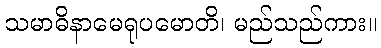
သမာဓိနာမေရုပမောတိ၊ မည်သည်ကား။